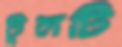
টুলটি